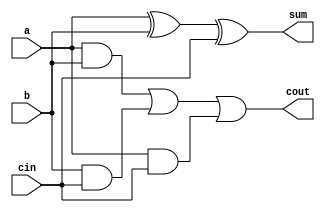
module one_bit_full_adder (a, b, cin, sum, cout);

   input a;
   input b;
   input cin;

   output sum;
   wire sum;
   output cout;
   wire cout;

   assign sum  = a^b^cin; // sum bit
   assign cout = ((a&b) | (b&cin) | (a&cin)); //carry bit
      // $display("time=%d: %b + %b + %b = %b, cout = %b\n",$time,a,b,cin,sum,cout);

endmodule